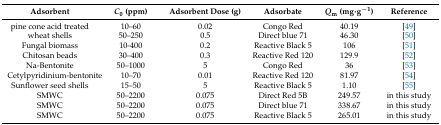
<table><thead><tr><td><b>Adsorbent</b></td><td><b><i>C</i><sub>0</sub> (ppm)</b></td><td><b>Adsorbent Dose (g)</b></td><td><b>Adsorbate</b></td><td><b><i>Q</i><sub>m</sub> (mg·g<sup>−1</sup>)</b></td><td><b>Reference</b></td></tr></thead><tbody><tr><td>pine cone acid treated</td><td>10–60 </td><td>0.02 </td><td>Congo Red</td><td>40.19</td><td>[49]</td></tr><tr><td>wheat shells</td><td>50–250 </td><td>0.5 </td><td>Direct blue 71</td><td>46.30</td><td>[50]</td></tr><tr><td>Fungal biomass</td><td>10-400</td><td>0.2</td><td>Reactive Black 5</td><td>106</td><td>[51]</td></tr><tr><td>Chitosan beads</td><td>30–400</td><td>0.3 </td><td>Reactive Red 120</td><td>129.9</td><td>[52] </td></tr><tr><td>Na-Bentonite</td><td>50–1000 </td><td>5</td><td>Congo Red</td><td>36</td><td>[53]</td></tr><tr><td>Cetylpyridinium-bentonite</td><td>10–70 </td><td>0.01</td><td>Reactive Red 120</td><td>81.97</td><td>[54]</td></tr><tr><td>Sunflower seed shells</td><td>15–50 </td><td>5 </td><td>Reactive Black 5</td><td>1.10</td><td>[55]</td></tr><tr><td>SMWC</td><td>50–2200 </td><td>0.075 </td><td>Direct Red 5B</td><td>249.57</td><td>in this study</td></tr><tr><td>SMWC</td><td>50–2200</td><td>0.075 </td><td>Direct blue 71</td><td>338.67</td><td>in this study</td></tr><tr><td>SMWC</td><td>50–2200 </td><td>0.075 </td><td>Reactive Black 5</td><td>265.01</td><td>in this study</td></tr></tbody></table>